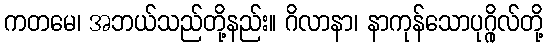
ကတမေ၊ အဘယ်သည်တို့နည်း။ ဂိလာနာ၊ နာကုန်သောပုဂ္ဂိုလ်တို့